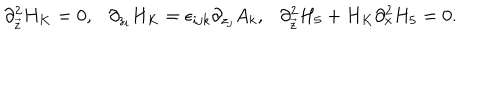
\partial _ { \vec { z } } ^ { 2 } H _ { K } = 0 , \ \ \ \partial _ { z _ { i } } H _ { K } = \epsilon _ { i j k } \partial _ { z _ { j } } A _ { k } , \ \ \ \partial _ { \vec { z } } ^ { 2 } H _ { 5 } + H _ { K } \partial _ { x } ^ { 2 } H _ { 5 } = 0 .